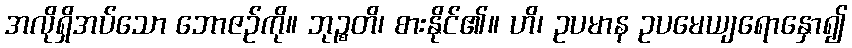
အလိုရှိအပ်သော ဘောဇဉ်ကို။ ဘုဉ္စတိ၊ စားနိုင်၏။ ဟိ၊ ဥပမာန ဥပမေယျရောနှော၍